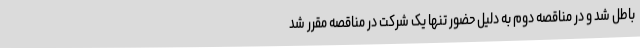
باطل شد و در مناقصه دوم به دلیل حضور تنها یک شرکت در مناقصه مقرر شد